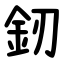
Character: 釰